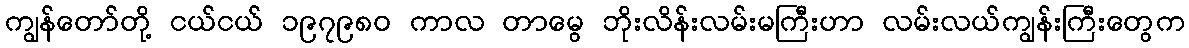
ကျွန်တော်တို့ ငယ်ငယ် ၁၉၇၉၈၀ ကာလ တာမွေ ဘိုးလိန်းလမ်းမကြီးဟာ လမ်းလယ်ကျွန်းကြီးတွေက